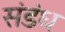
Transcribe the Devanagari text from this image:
संडंध